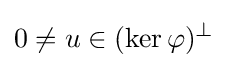
0\neq u\in (\ker \varphi )^{\bot }